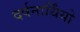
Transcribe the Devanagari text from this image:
दर्षनार्थिंयो